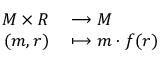
\begin{array} { r l } { M \times R } & { { } \longrightarrow M } \\ { ( m , r ) } & { { } \longmapsto m \cdot f ( r ) } \end{array}